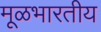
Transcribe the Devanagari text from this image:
मूळभारतीय